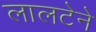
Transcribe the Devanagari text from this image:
लालटेने